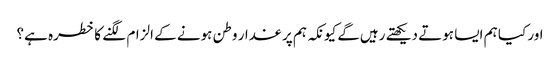
اور کیا ہم ایسا ہوتے دیکھتے رہیں‌گے کیونکہ ہم پر غدار وطن ہونے کے الزام لگنے کا خطرہ ہے؟